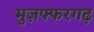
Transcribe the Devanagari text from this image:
मुज़फ्फरगढ़